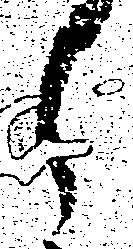
之